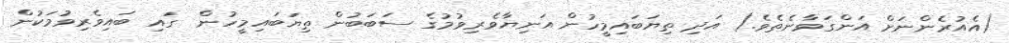
(އެއުރެންނަށް އަންގަވާނެތެވެ.) އަދި ތިޔަބައިމީހުން އަނިޔާވެރިވުމުގެ ސަބަބުން ތިޔަބައިމީހުން  ގައި ބައިވެރިވުމަކުން